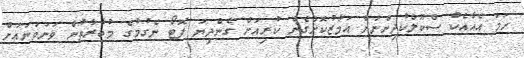
ހަމަ އެއާއެކު ސްކޫލްކުދިންނަށް އަމާޒުކޮށްގެން ކުރިއަށް ގެންދިޔަ ފޮޓޯ ނެގުމުގެ މުބާރާތުން ވަނަވަނައަށް